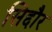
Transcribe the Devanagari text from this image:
सिद्दौर